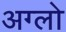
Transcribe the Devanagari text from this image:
अग्लो